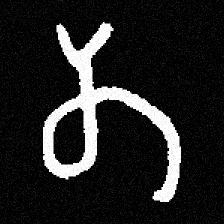
Pyu character \u2014 Myanmar letter: တ (romanized: ta)